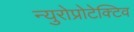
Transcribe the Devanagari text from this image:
न्युरोप्रोटेक्टिव